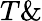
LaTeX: T\&